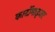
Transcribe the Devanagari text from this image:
कार्टोमाइजर